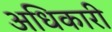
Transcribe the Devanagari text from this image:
अधिकारी